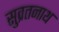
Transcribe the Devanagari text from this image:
सुव्रतनाथ